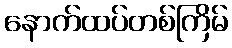
နောက်ထပ်တစ်ကြိမ်